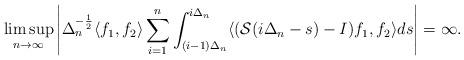
LaTeX: \begin{align*} \limsup_{n\to\infty}\left|\Delta_n^{-\frac 12}\langle f_1,f_2\rangle \sum_{i=1}^n \int_{(i-1)\Delta_n}^{i\Delta_n} \langle (\mathcal S(i\Delta_n-s)-I) f_1,f_2\rangle ds\right|=\infty. \end{align*}